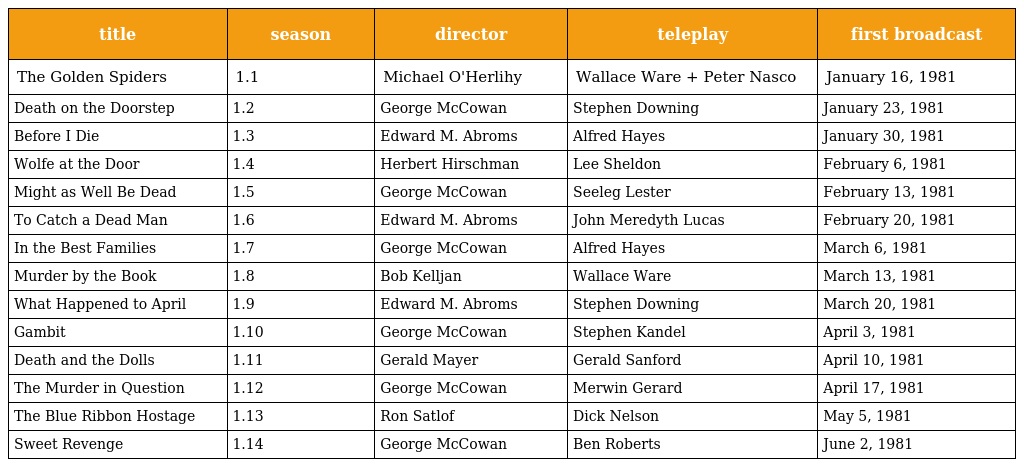
| title | season | director | teleplay | first broadcast |
 | --- | --- | --- | --- | --- |
 | The Golden Spiders | 1.1 | Michael O'Herlihy | Wallace Ware + Peter Nasco | January 16, 1981 |
 | Death on the Doorstep | 1.2 | George McCowan | Stephen Downing | January 23, 1981 |
 | Before I Die | 1.3 | Edward M. Abroms | Alfred Hayes | January 30, 1981 |
 | Wolfe at the Door | 1.4 | Herbert Hirschman | Lee Sheldon | February 6, 1981 |
 | Might as Well Be Dead | 1.5 | George McCowan | Seeleg Lester | February 13, 1981 |
 | To Catch a Dead Man | 1.6 | Edward M. Abroms | John Meredyth Lucas | February 20, 1981 |
 | In the Best Families | 1.7 | George McCowan | Alfred Hayes | March 6, 1981 |
 | Murder by the Book | 1.8 | Bob Kelljan | Wallace Ware | March 13, 1981 |
 | What Happened to April | 1.9 | Edward M. Abroms | Stephen Downing | March 20, 1981 |
 | Gambit | 1.10 | George McCowan | Stephen Kandel | April 3, 1981 |
 | Death and the Dolls | 1.11 | Gerald Mayer | Gerald Sanford | April 10, 1981 |
 | The Murder in Question | 1.12 | George McCowan | Merwin Gerard | April 17, 1981 |
 | The Blue Ribbon Hostage | 1.13 | Ron Satlof | Dick Nelson | May 5, 1981 |
 | Sweet Revenge | 1.14 | George McCowan | Ben Roberts | June 2, 1981 |